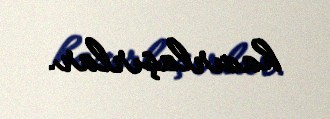
hazırlaşırlar.